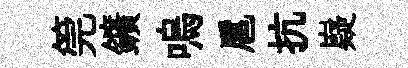
筦鑛嗚扈抗嶷